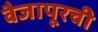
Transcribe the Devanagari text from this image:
वैजापूरची